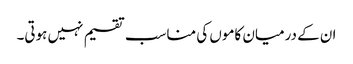
ان کے درمیان کاموں کی مناسب تقسیم نہیں ہوتی۔